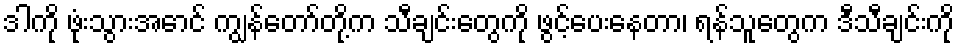
ဒါကို ဖုံးသွားအောင် ကျွန်တော်တို့က သီချင်းတွေကို ဖွင့်ပေးနေတာ၊ ရန်သူတွေက ဒီသီချင်းကို